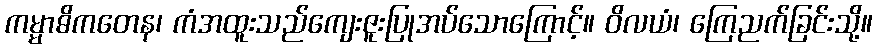
ကမ္မာဓိကတေန၊ ကံအထူးသည်ကျေးဇူးပြုအပ်သောကြောင့်။ ဝိလယံ၊ ကြေညက်ခြင်းသို့။